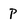
Character: P